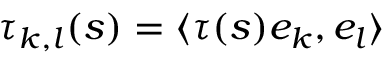
\tau _ { k , l } ( s ) = \langle \tau ( s ) e _ { k } , e _ { l } \rangle